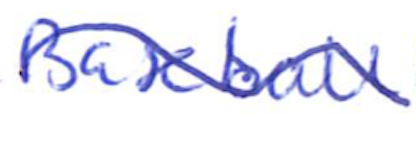
Text: Baseball
Cross-out: wave
Writing tool: ballpoint